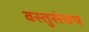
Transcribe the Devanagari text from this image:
वस्तुसंचय